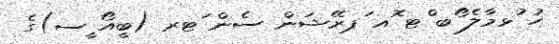
ހު ުޅމާލެ ޯބ ްޓ ޮއ ަޕރޭޝަން ސެން ަޓރ (ބީއޯ ީސ)ގެ